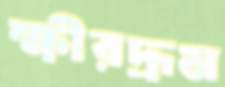
ক্ষীরদ্রূম